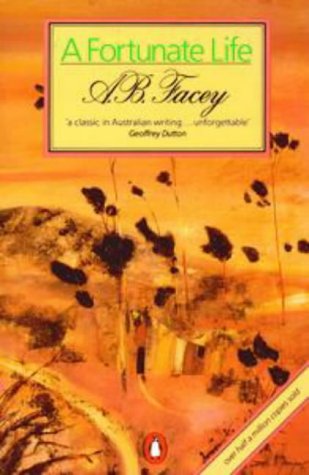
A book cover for Fortunate Life; Facey A.B.; Biographies & Memoirs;